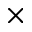
\times